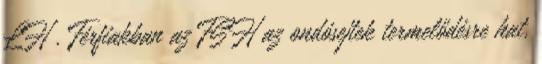
LH . Férfiakban az FSH az ondósejtek termelődésre hat,